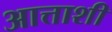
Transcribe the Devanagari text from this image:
आत्ताशी